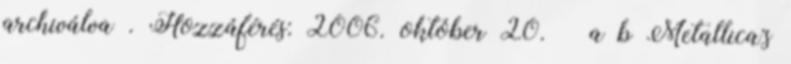
archiválva . Hozzáférés: 2006. október 20. ↑ a b Metallica's